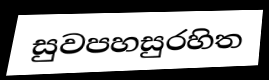
සුවපහසුරහිත